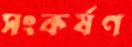
সংকর্ষণ